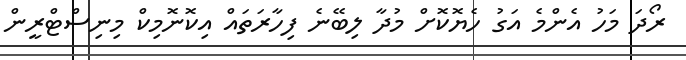
ރޯދަ މަހު އެންމެ އަގު ހެޔޮކޮށް މުދާ ލިބޭނެ ފިހާރަތައް އިކޮނޮމިކް މިނިސްޓްރީން